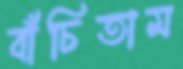
বাঁচিতাম